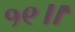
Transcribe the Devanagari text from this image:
१९॥